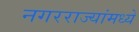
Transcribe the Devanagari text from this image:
नगरराज्यांमध्ये